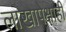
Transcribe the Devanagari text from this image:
लाखापेक्षाही